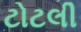
ટોટલી